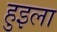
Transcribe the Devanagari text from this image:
हुइला